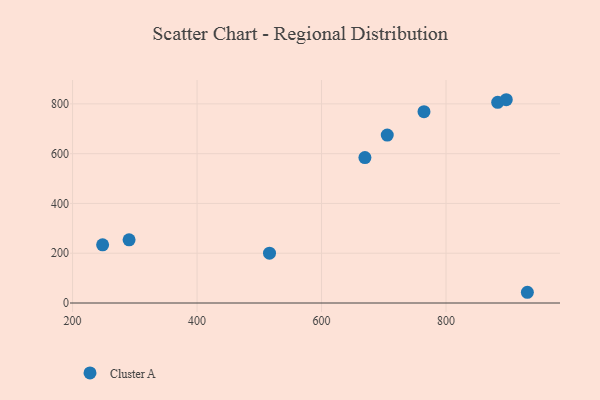
{"axis": {"x": "Distance", "y": "Exam Score"}, "legend": ["Cluster A"], "data": [{"x": "705.6", "y": 674.7, "type": "Cluster A"}, {"x": "764.6", "y": 768.6, "type": "Cluster A"}, {"x": "930.7", "y": 43.1, "type": "Cluster A"}, {"x": "516.4", "y": 200.0, "type": "Cluster A"}, {"x": "883.0", "y": 806.2, "type": "Cluster A"}, {"x": "290.8", "y": 253.7, "type": "Cluster A"}, {"x": "669.7", "y": 584.4, "type": "Cluster A"}, {"x": "896.8", "y": 816.7, "type": "Cluster A"}, {"x": "248.3", "y": 233.8, "type": "Cluster A"}]}